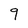
Character: 9